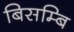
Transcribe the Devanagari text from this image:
बिसम्बि